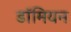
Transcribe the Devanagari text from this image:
डॉमियन